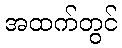
အထက်တွင်